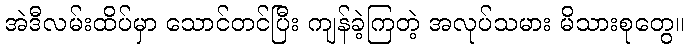
အဲဒီလမ်းထိပ်မှာ သောင်တင်ပြီး ကျန်ခဲ့ကြတဲ့ အလုပ်သမား မိသားစုတွေ။